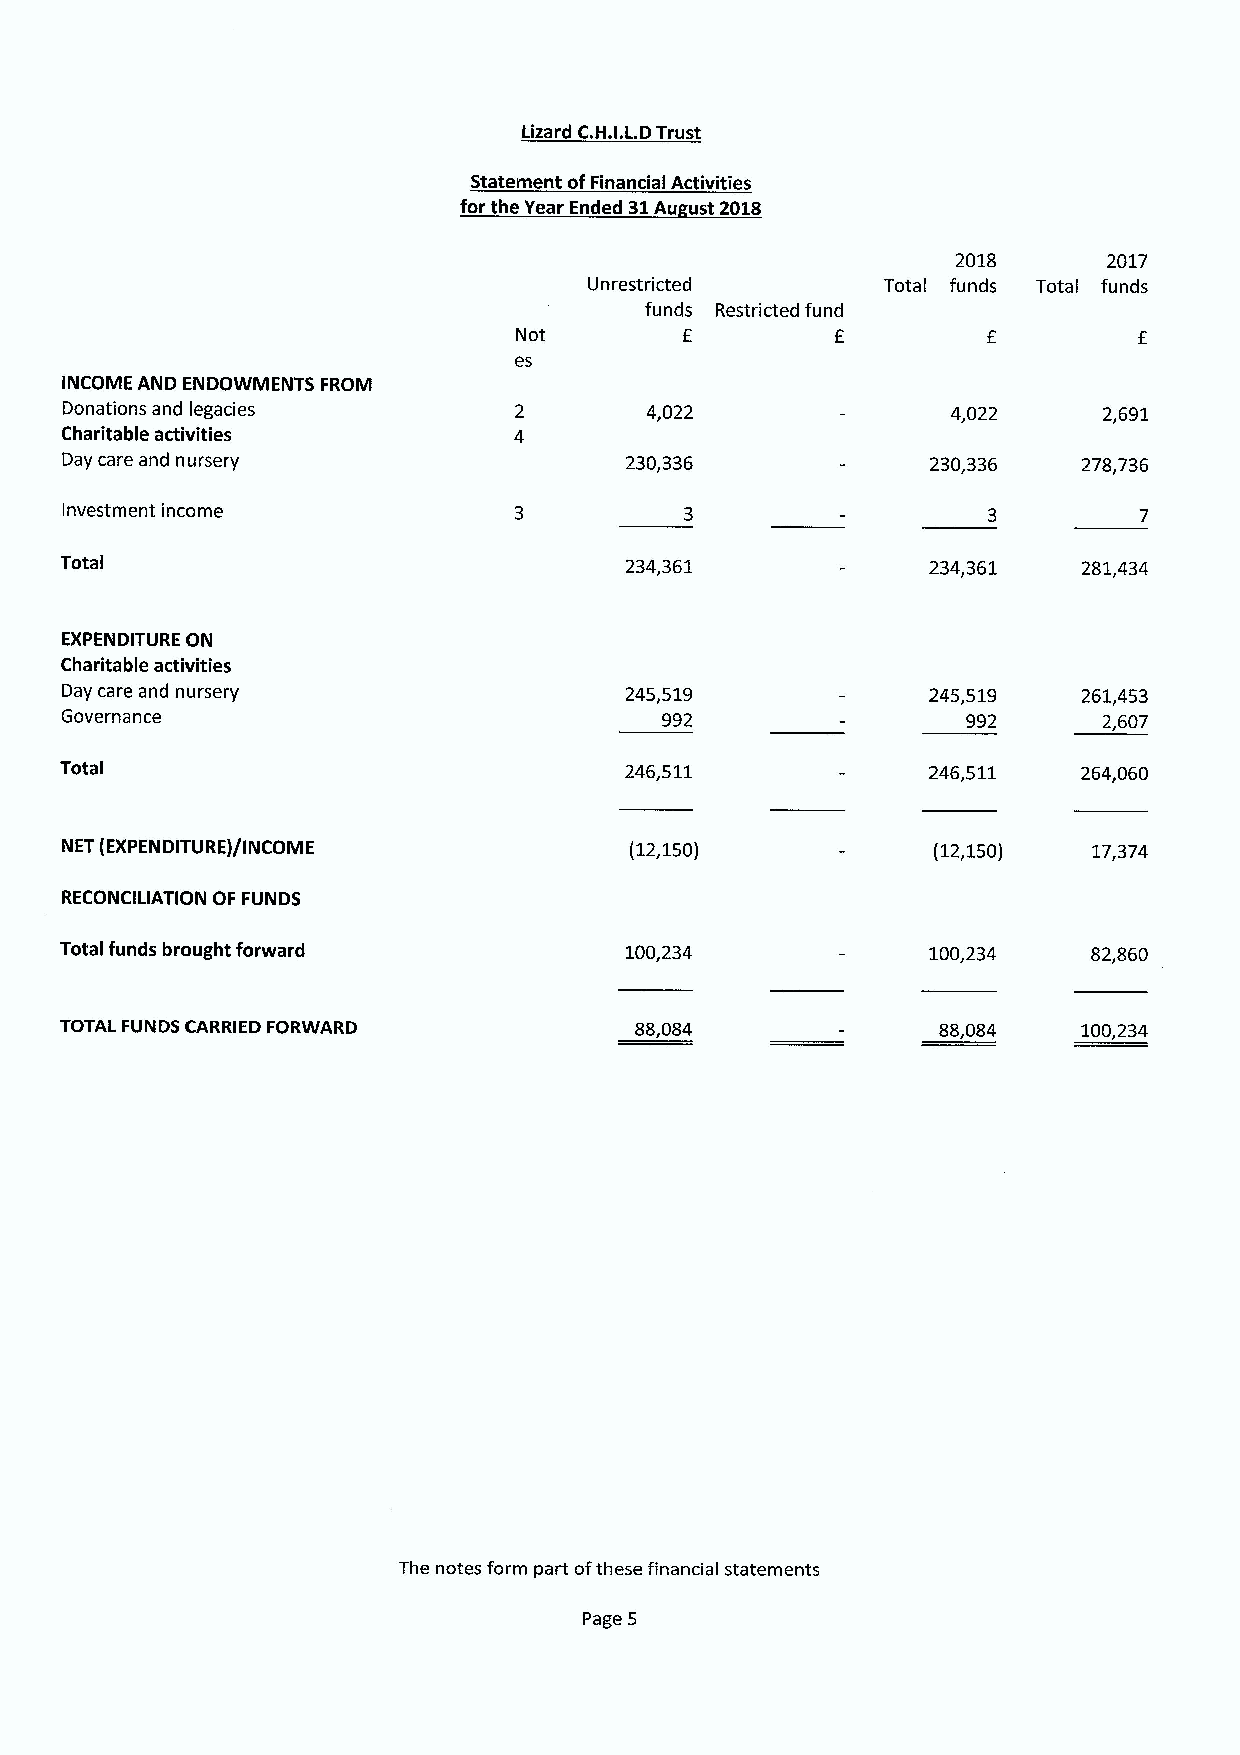
Lizard C.H.I.LDTrust
 Statement ofFinancial Activities
 for the Year Ended 31Au ust 2018
 2018      2017
 Unrestricted       Total funds Total funds
 funds Restricted fund
 Not        E         E
 es
 INCOME AND ENDOWMENTS FROM
 Donations and legacies                 4,022               4,022     2,691
 Charitable activities
 Day care and nursery                 230,336              230,336   278,736
 Investment income
 Total                                234,361              234,361   281,434
 EXPENDITURE ON
 Charitable activities
 Day care and nursery                 245,519              245,519   261,453
 Governance                              992                 992      2,607
 Total                                246,511              246,511   264,060
 NET (EXPENDITURE)/INCOME              (12,150)            (12,150)  17,374
 RECONCILIATION OF FUNDS
 Total funds brought forward          100,234              100,234   82,860
 TOTAL FUNDS CARRIED FORWARD           88,084              88,084    100,234
 The notes form part ofthese financial statements
 Page 5